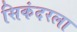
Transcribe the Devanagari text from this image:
सिकंदरला